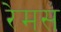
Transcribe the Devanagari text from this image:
रेमस